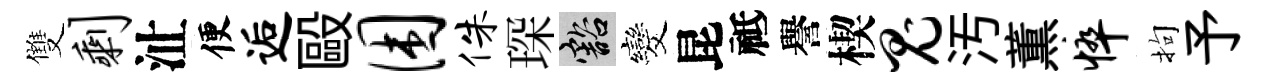
雙剩沚便逅毆困侏琛豁发昆祗譽楔鬼汚薫悴拘予